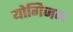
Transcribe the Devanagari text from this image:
योगिजन